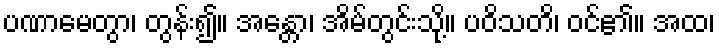
ပဏာမေတွာ၊ တွန်း၍။ အန္တော၊ အိမ်တွင်းသို့။ ပဝိသတိ၊ ဝင်၏။ အထ၊